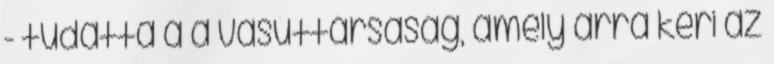
- tudatta a a vasúttársaság, amely arra kéri az